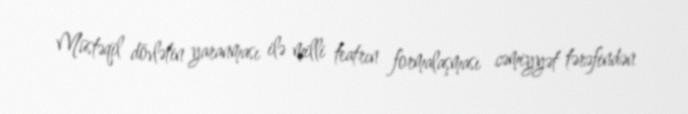
Müstəqil dövlətin yaranması ilə milli teatrın formalaşması cəmiyyət tərəfindən